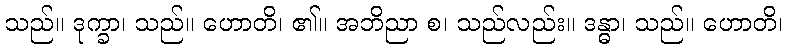
သည်။ ဒုက္ခာ၊ သည်။ ဟောတိ၊ ၏။ အဘိညာ စ၊ သည်လည်း။ ဒန္ဓာ၊ သည်။ ဟောတိ၊